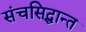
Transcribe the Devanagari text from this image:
संचसिद्धान्त